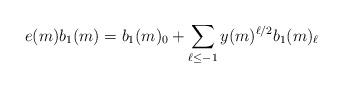
LaTeX: \begin{align*}e(m) b_1(m) = b_1(m)_0 + \sum_{\ell \leq -1} y(m)^{\ell/2} b_1(m)_{\ell}\end{align*}